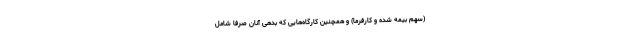
(سهم بیمه شده و کارفرما) و همچنین کارگاه‌هایی که بدهی آنان صرفاً شامل